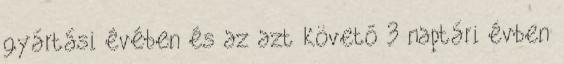
gyártási évében és az azt követő 3 naptári évben